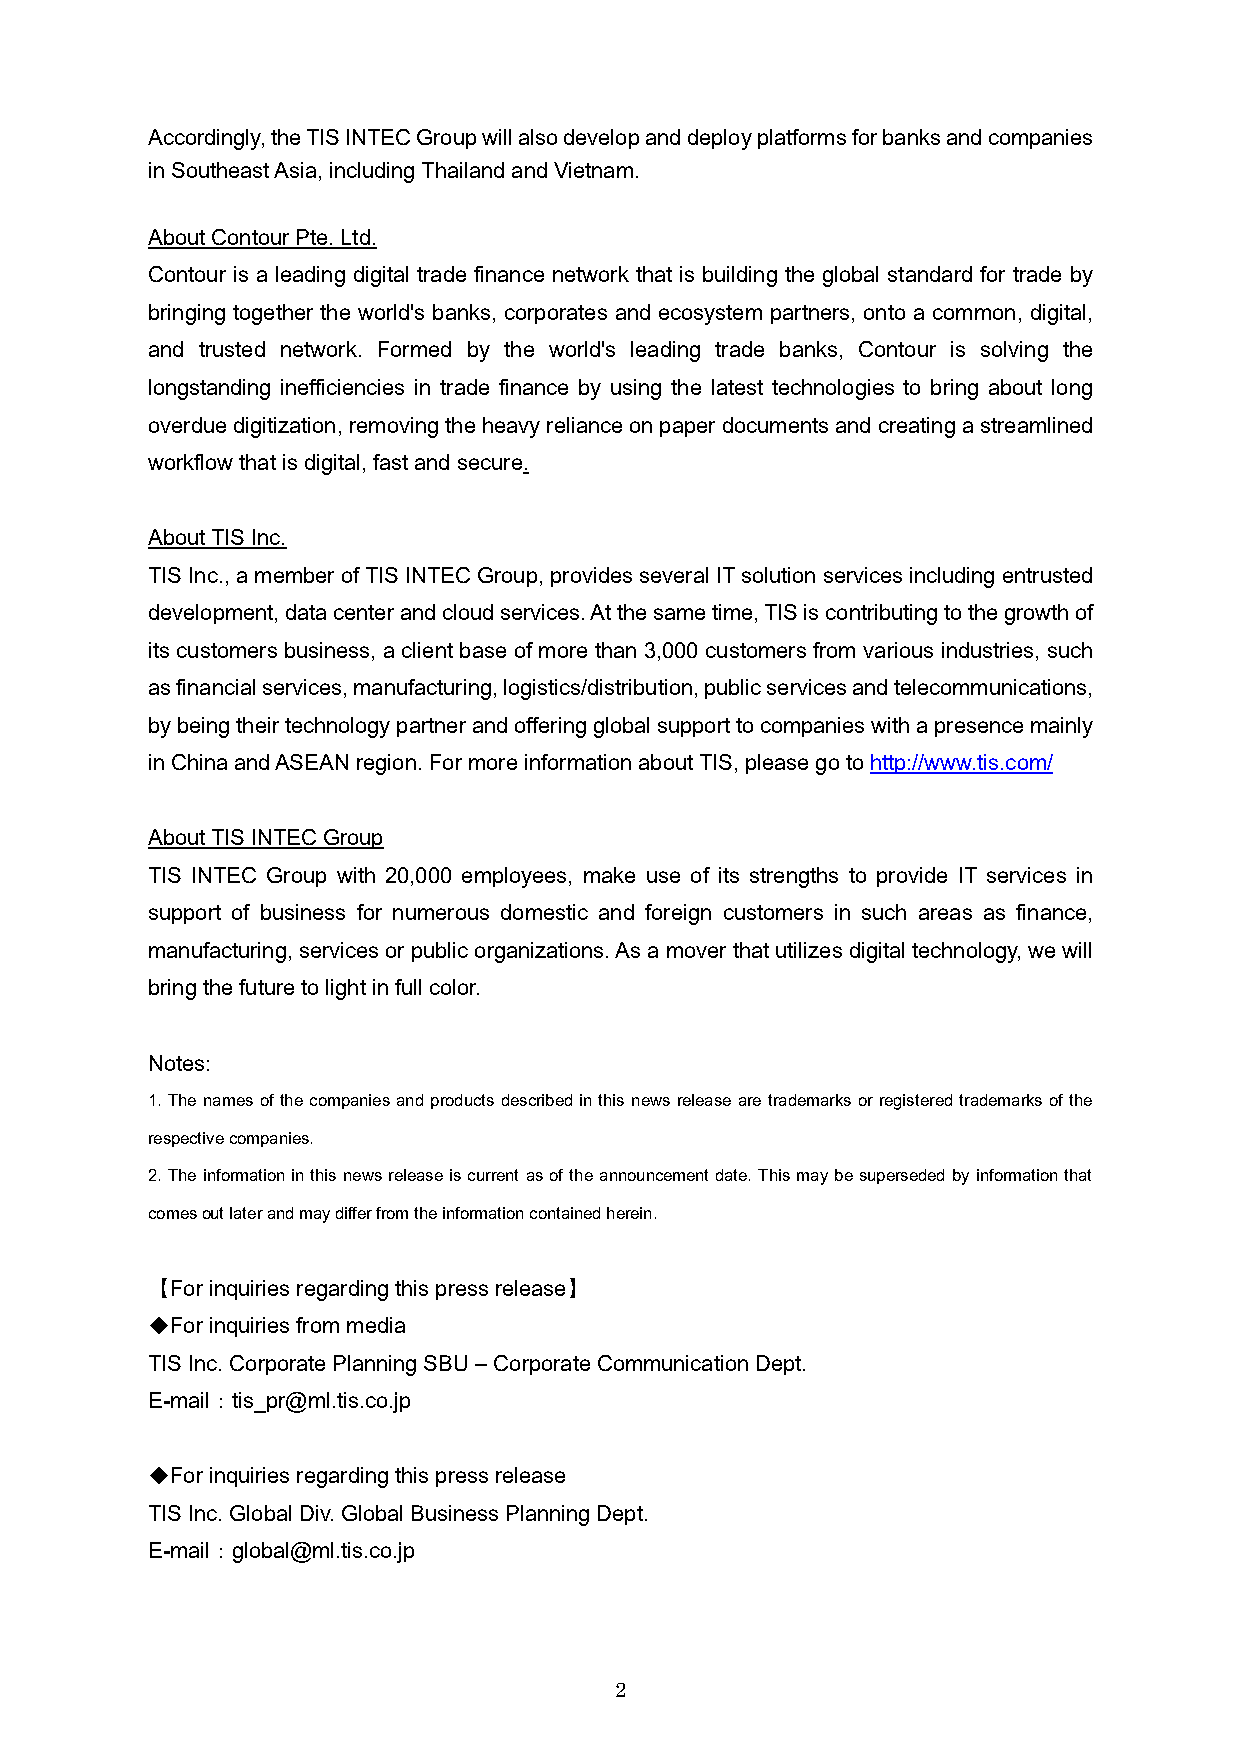
Accordingly, the TIS INTEC Group will also develop and deploy platforms for banks and companies
 in Southeast Asia, including Thailand and Vietnam.
 About Contour Pte. Ltd.
 Contour is a leading digital trade finance network that is building the global standard for trade by
 bringing together the world's banks, corporates and ecosystem partners, onto a common, digital,
 and trusted network. Formed by the world's leading trade banks, Contour is solving the
 longstanding inefficiencies in trade finance by using the latest technologies to bring about long
 overdue digitization, removing the heavy reliance on paper documents and creating a streamlined
 workflow that is digital, fast and secure.
 About TIS Inc.
 TIS Inc., a member of TIS INTEC Group, provides several IT solution services including entrusted
 development, data center and cloud services. At the same time, TIS is contributing to the growth of
 its customers business, a client base of more than 3,000 customers from various industries, such
 as financial services, manufacturing, logistics/distribution, public services and telecommunications,
 by being their technology partner and offering global support to companies with a presence mainly
 in China and ASEAN region. For more information about TIS, please go to http://www.tis.com/
 About TIS INTEC Group
 TIS INTEC Group with 20,000 employees, make use of its strengths to provide IT services in
 support of business for numerous domestic and foreign customers in such areas as finance,
 manufacturing, services or public organizations. As a mover that utilizes digital technology, we will
 bring the future to light in full color.
 Notes:
 1. The names of the companies and products described in this news release are trademarks or registered trademarks of the
 respective companies.
 2. The information in this news release is current as of the announcement date. This may be superseded by information that
 comes out later and may differ from the information contained herein.
 【For inquiries regarding this press release】
 ◆For inquiries from media
 TIS Inc. Corporate Planning SBU – Corporate Communication Dept.
 E-mail：tis_pr@ml.tis.co.jp
 ◆For inquiries regarding this press release
 TIS Inc. Global Div. Global Business Planning Dept.
 E-mail：global@ml.tis.co.jp
 2